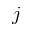
j